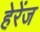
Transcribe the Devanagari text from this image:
हेरेंज